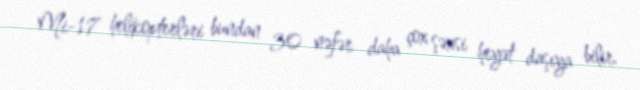
Mi-17 helikopterləri bundan 30 nəfər daha çox şəxsi heyət daşıya bilir.